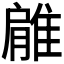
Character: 𨿱